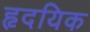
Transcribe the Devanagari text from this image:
हृदयिक